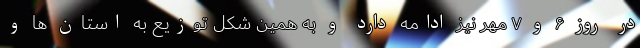
در روز ۶ و ۷ مهر نیز ادامه دارد و به همین شکل توزیع به استان ها و